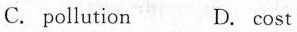
C. pollution D. Cost